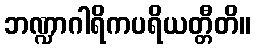
ဘဏ္ဍာဂါရိကပရိယတ္တီတိ။